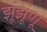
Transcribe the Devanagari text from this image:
झूंझूंणू